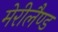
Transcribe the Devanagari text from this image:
मेरीलैण्ड